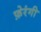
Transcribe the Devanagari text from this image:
फ़ेरंगी